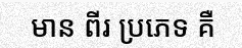
មាន ពីរ ប្រភេទ គឺ